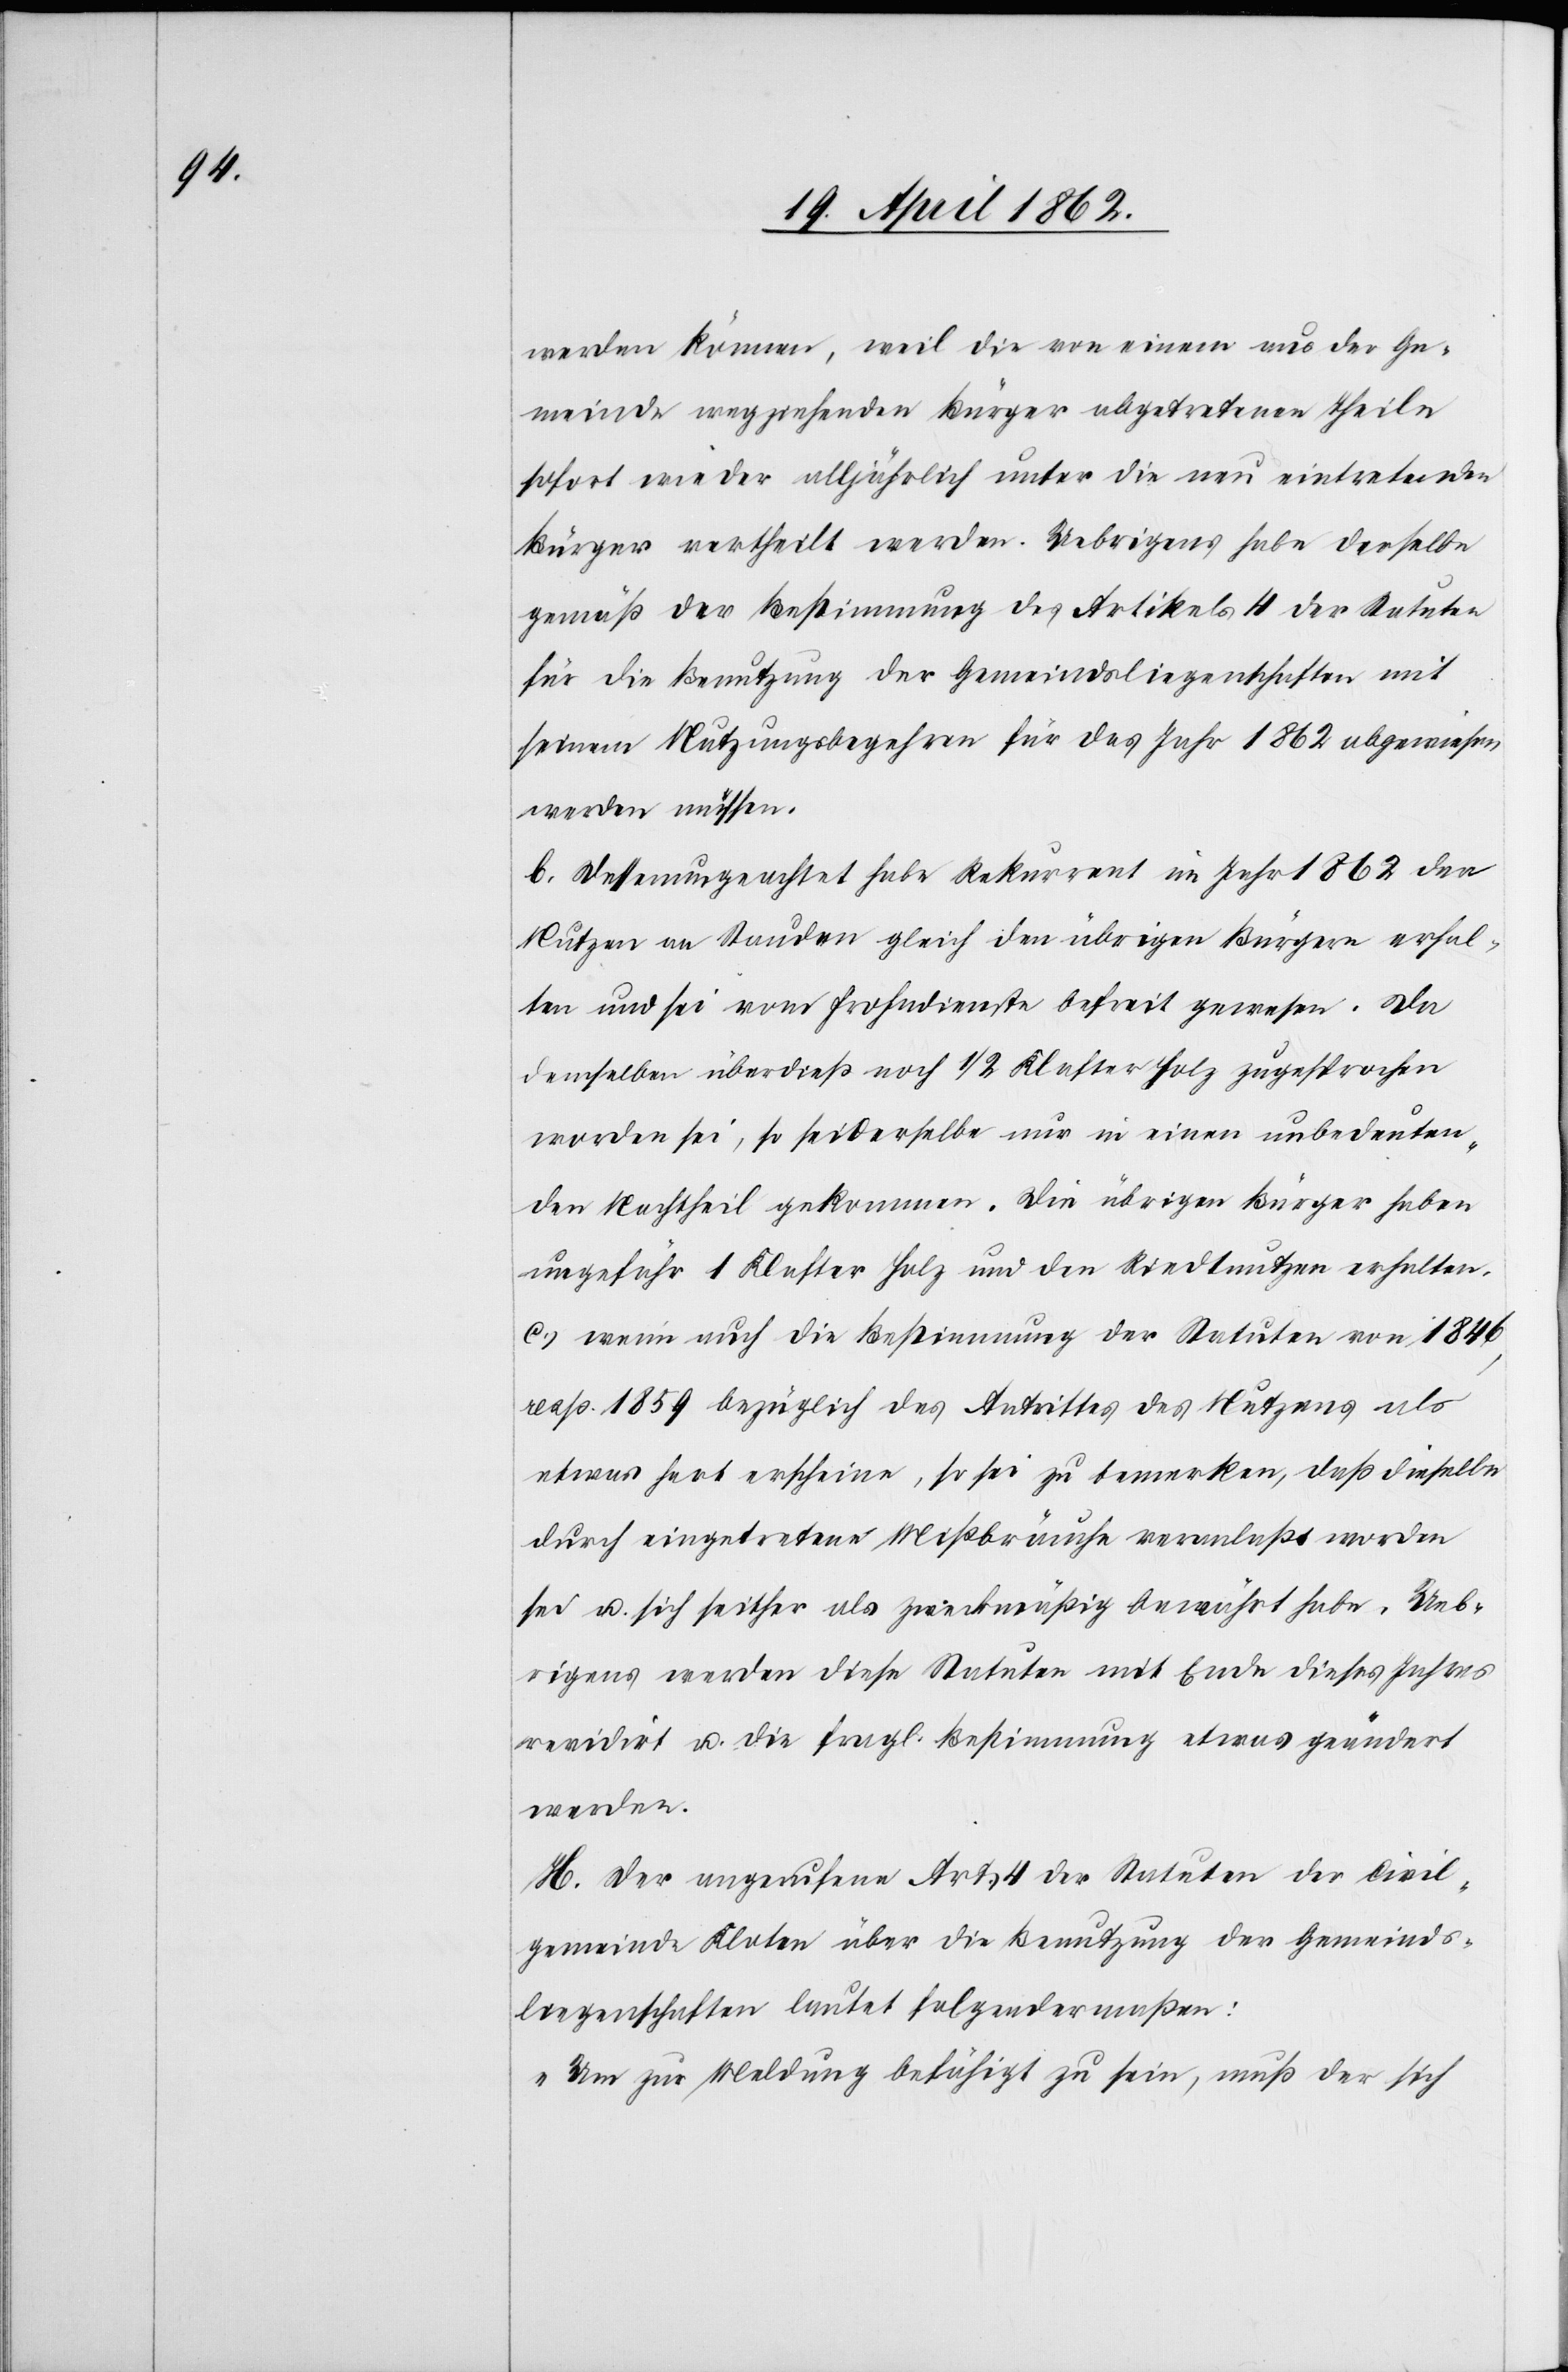
werden können, weil die von einem aus der Ge¬
meinde wegziehenden Bürger abgetretenen Theile
sofort wieder alljährlich unter die neu eintretenden
Bürger vertheilt werden. Uebrigens habe derselbe
gemäß der Bestimmung des Artikels 4 der Statuten
für die Benutzung der Gemeindsliegenschaften mit
seinem Nutzungsbegehren für das Jahr 1862 abgewiesen
werden müssen.
b. Dessenungeachtet habe Rekurrent im Jahr 1862 der
Nutzen an Stauden gleich den übrigen Bürgern erhal¬
ten und sei vom Frohndienste befreit gewesen. Da
demselben überdieß noch 1/2 Klaster Holz zugesprochen
worden sei, so sei derselbe nur in einen unbedeuten¬
den Nachtheil gekommen. Die übrigen Bürger haben
ungefähr 1 Klafter Holz und den Riedtnutzen erhalten.
c) worin auch die Bestimmung der Statuten von 1846,
resp. 1859 bezüglich des Austrittes des Nutzens als
etwas hert erscheine, so sei zu bemerken, daß dieselbe
durch eingetretene Mißbräuche veranlaßt worden
sei u. sich seither als zweckmäßig bewährt habe. Ueb¬
rigens werden diese Statuten mit Ende dieses Jahres
revidirt u. die fragl. Bestimmung etwas geändert
werden.
H. Der ungerufene Art. 4 der Statuten der Civil¬
gemeinde Kloten über die Benutzung der Gemeinds¬
liegenschaften lautet folgendermaßen:
„Um zur Meldung befähigt zu sein, muß der sich